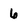
Character: 6